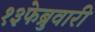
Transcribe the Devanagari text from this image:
१३फेब्रुवारी